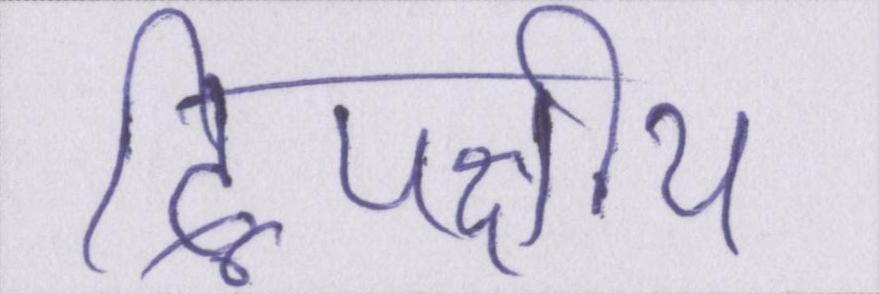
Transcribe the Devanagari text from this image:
द्विपक्षीय